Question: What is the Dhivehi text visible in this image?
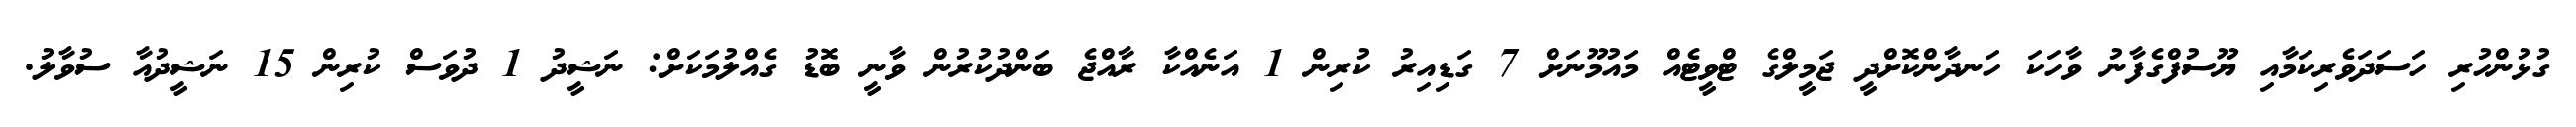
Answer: ގުޅުންހުރި ހަސަދަވެރިކަމާއި ޔޫސުފްގެފާނު ވާހަކަ ހަނދާންކޮށްދީ ޖަމީލްގެ ޓްވީޓެއް މައުމޫނަށް 7 ގަޑިއިރު ކުރިން 1 އަނެއްކާ ރާއްޖެ ބަންދުކުރުން ވާނީ ބޮޑު ގެއްލުމަކަށް: ނަޝީދު 1 ދުވަސް ކުރިން 15 ނަޝީދުއާ ސުވާލު.